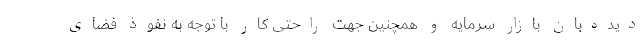
دیده‌بان بازار سرمایه و همچنین جهت راحتی کار با توجه به نفوذ فضای